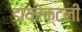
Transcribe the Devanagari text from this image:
डायरेक्टली